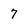
Character: 7